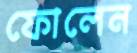
ফোলেন